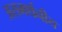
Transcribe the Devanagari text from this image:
असमर्थनीय